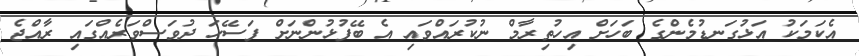
އެކަމަކު އަޅުގަނޑުމެންގެ ބަހަށް އިހުތިރާމް ނުކުރައްވައި އެ ބޭފުޅުންނަށް ފަސޭހަ ދުވަސްވަރެއްގައި ރާއްޖެ